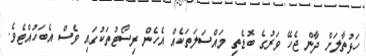
ހަޅުތާލަށް ދާން ޖެހޭ ވަރުގެ ބޮޑެތި މައްސަލަތަކެއް އެހެން ރިސޯޓުތަކުގައި ވެސް އެބަހުއްޓެވެ.